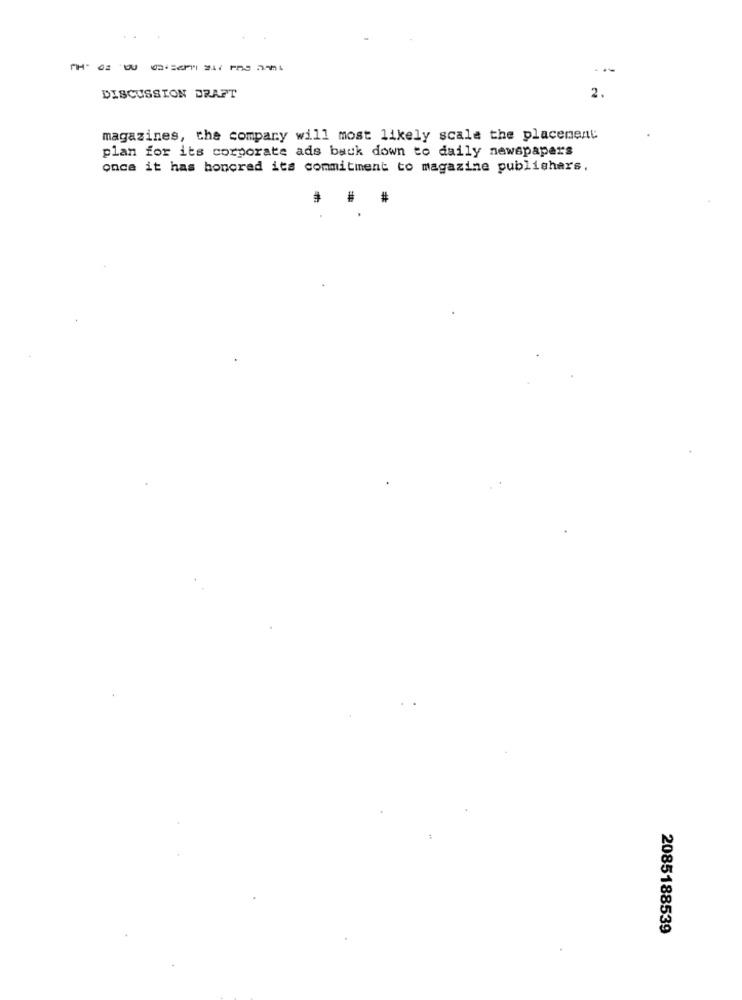
..
--------
...
2.
DISCUSSION DRAFT
magazines, the company will most likely scale the placement
plan for its corporate ads back down to daily newspapers
once it has boncred its commitment to magazine publishers.
#
2085188539